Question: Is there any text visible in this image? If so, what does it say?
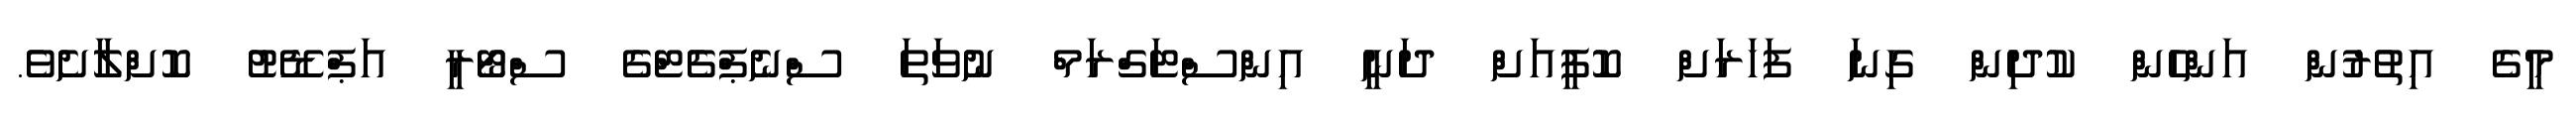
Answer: މީގެ އިތުރުން އަންހެން ކުދިން ގިނަ ފަހަރަށް ކޮފީއަށް ދަނީ އިންސްޓަގްރަމް ނުވަތަ ސްނެޕްޗެޓްގެ ސްޓޯރީ އަޕްޑޭޓު ކޮށްލާށެވެ.